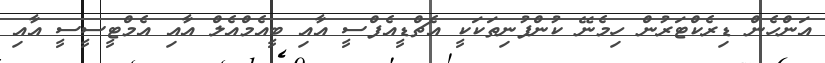
އަންހެން ޑިރެކްޓަރުން ހިމެނޭ ކުންފުނިތަކަކީ އެޗްޑީއެފްސީ އާއި ބީއެމްއެލް އާއި އެމްޓީސީސީ އާއި